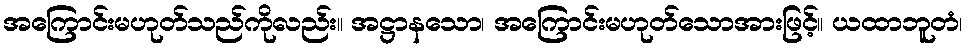
အကြောင်းမဟုတ်သည်ကိုလည်း။ အဋ္ဌာနသော၊ အကြောင်းမဟုတ်သောအားဖြင့်။ ယထာဘူတံ၊